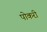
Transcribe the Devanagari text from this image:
पोकरी